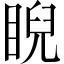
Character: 睨